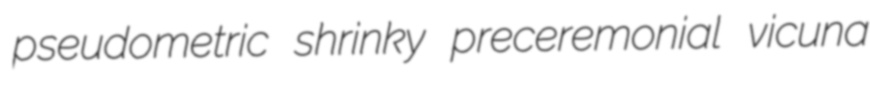
pseudometric shrinky preceremonial vicuna